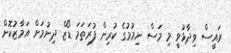
ރައީސް ވިދާޅުވީ މި މަސް ނިމުމުގެ ކުރިން ފުރަތަމަ ޑޯޒް ދިނުމަށް އަމާޒުކޮށް